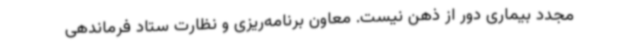
مجدد بیماری دور از ذهن نیست. معاون برنامه‌ریزی و نظارت ستاد فرماندهی